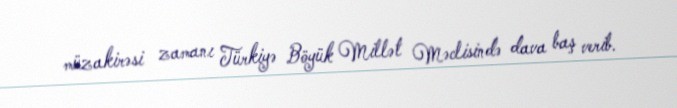
müzakirəsi zamanı Türkiyə Böyük Millət Məclisində dava baş verib.